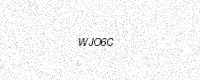
Text: WJO6C